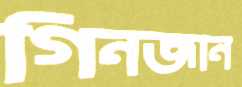
গিনজান